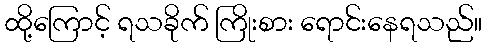
ထို့ကြောင့် ရသခိုက် ကြိုးစား ရောင်းနေရသည်။